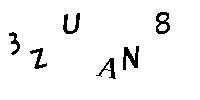
3ZUAN8